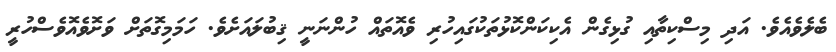
ބެލެވެއެވެ. އަދި މިސްކިތާއި ގުޅިގެން އެކިކަންކޮޅުތަކުގައިހުރި ވެއޮތައް ހުންނަނީ ޤިބުލައަށެވެ. ހަމަމިގޮތަށް ވަށޮވެއޮވެސްހުރީ